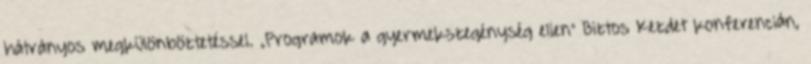
hátrányos megkülönböztetéssel. „Programok a gyermekszegénység ellen” Biztos Kezdet konferencián,